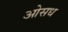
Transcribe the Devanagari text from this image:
ओसध